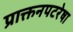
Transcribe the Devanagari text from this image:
प्राक्तनपटरेषा